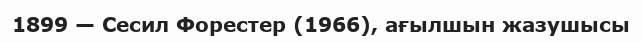
1899 — Сесил Форестер (1966), ағылшын жазушысы